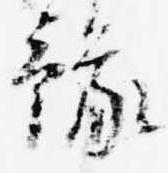
予